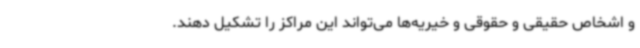
و اشخاص حقیقی و حقوقی و خیریه‌ها می‌تواند این مراکز را تشکیل دهند.